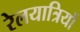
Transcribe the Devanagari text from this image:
रेलयात्रियों